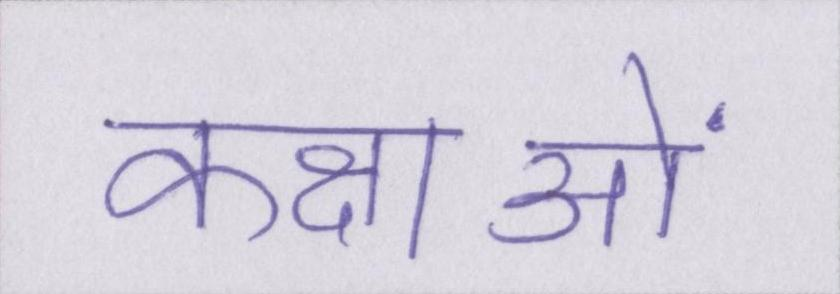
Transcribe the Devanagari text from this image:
कक्षाओं